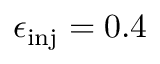
\epsilon _ { \mathrm { i n j } } = 0 . 4